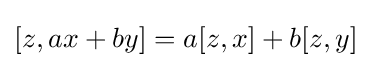
[z,ax+by]=a[z,x]+b[z,y]